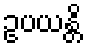
ဥပယန္တိ